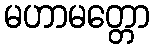
မဟာမတ္တော